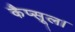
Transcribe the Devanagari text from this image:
कैप्सूल।